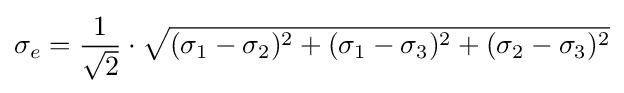
\sigma _{e}={\frac {1}{\sqrt {2}}}\cdot {\sqrt {(\sigma _{1}-\sigma _{2})^{2}+(\sigma _{1}-\sigma _{3})^{2}+(\sigma _{2}-\sigma _{3})^{2}}}